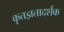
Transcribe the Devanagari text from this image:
कृतज्ञतादर्शक